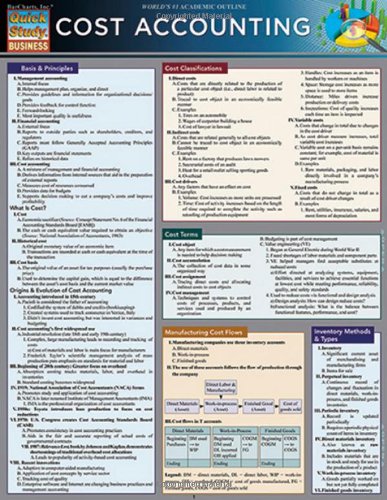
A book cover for Cost Accounting (Quick Study: Business); Inc. BarCharts; Business & Money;